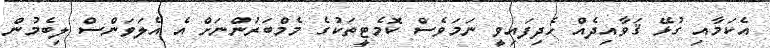
އެކަމާއި ގުޅޭ ޤަވާއިދެއް ހެދިފައިވީ ނަމަވެސް ކޮމެޓީތަކުގެ މެމްބަރުންނަށް އެ އެލަވަންސް ލިބެމުން